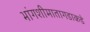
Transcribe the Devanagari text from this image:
भांगशीमातागडाकडे